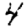
Digit: 4